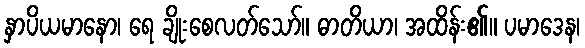
နှာပိယမာနော၊ ရေ ချိုးစေလတ်သော်။ ဓာတိယာ၊ အထိန်း၏။ ပမာဒေန၊